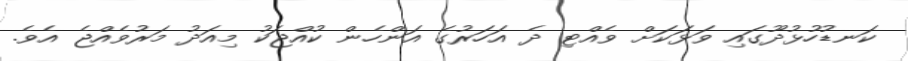
ކަނޑުހުޅުދޫގައި ވަޅަކަށް ވެއްޓި ދެ އަހަރުގެ އަންހެން ކުއްޖަކު މިއަދު މަރުވެއްޖެ އެވެ.